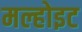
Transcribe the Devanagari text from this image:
मल्होइट